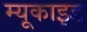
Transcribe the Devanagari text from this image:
म्यूकाइड